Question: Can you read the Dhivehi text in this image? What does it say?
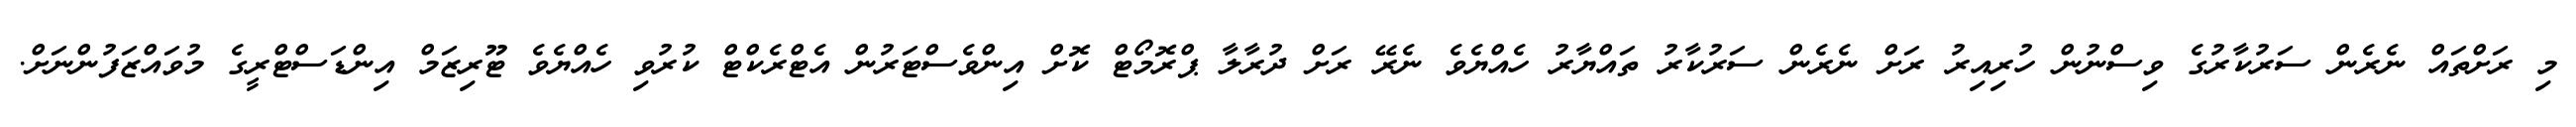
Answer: މި ރަށްތައް ނެރެން ސަރުކާރުގެ ވިސްނުން ހުރިއިރު ރަށް ނެރެން ސަރުކާރު ތައްޔާރު ހެއްޔެވެ ނެރޭ ރަށް ދުރާލާ ޕްރޮމޯޓް ކޮށް އިންވެސްޓަރުން އެޓްރެކްޓް ކުރުވި ހެއްޔެވެ ޓޫރިޒަމް އިންޑަސްޓްރީގެ މުވައްޒަފުންނަށް.